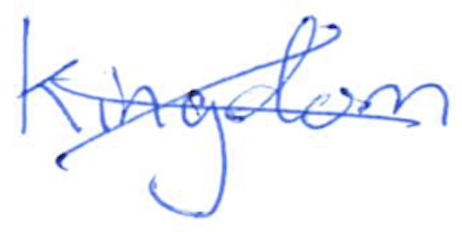
Text: Kingdom
Cross-out: cross
Writing tool: ballpoint